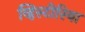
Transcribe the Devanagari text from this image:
व्हिस्टीरिया